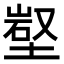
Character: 𡺻